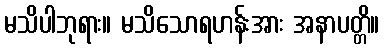
မသိပါဘုရား။ မသိသောရဟန်းအား အနာပတ္တိ။